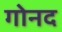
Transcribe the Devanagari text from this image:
गोनद